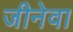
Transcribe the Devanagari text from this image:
जीनेवा